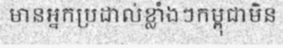
មានអ្នកប្រដាល់ខ្លាំងៗកម្ពុជាមិន